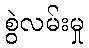
စွဲလမ်းမှု